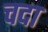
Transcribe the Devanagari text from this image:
चदा